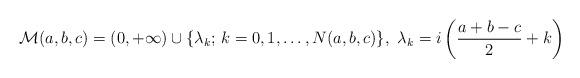
LaTeX: \begin{align*}\mathcal{M}(a,b,c)=(0,+\infty)\cup\{\lambda_{k};\, k=0,1,\ldots,N(a,b,c)\},\ \lambda_{k}=i\left(\frac{a+b-c}{2}+k\right)\end{align*}